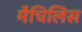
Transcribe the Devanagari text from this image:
मैचिलिस